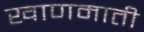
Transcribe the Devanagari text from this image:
खाणमाती